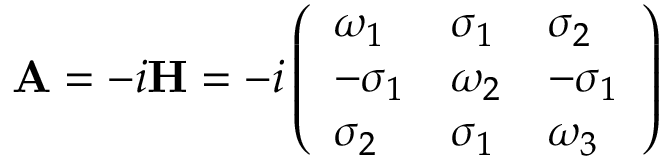
\mathbf { A } = - i \mathbf { H } = - i \left( \begin{array} { l l l } { \omega _ { 1 } } & { \sigma _ { 1 } } & { \sigma _ { 2 } } \\ { - \sigma _ { 1 } } & { \omega _ { 2 } } & { - \sigma _ { 1 } } \\ { \sigma _ { 2 } } & { \sigma _ { 1 } } & { \omega _ { 3 } } \end{array} \right)